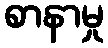
စာနာမှု